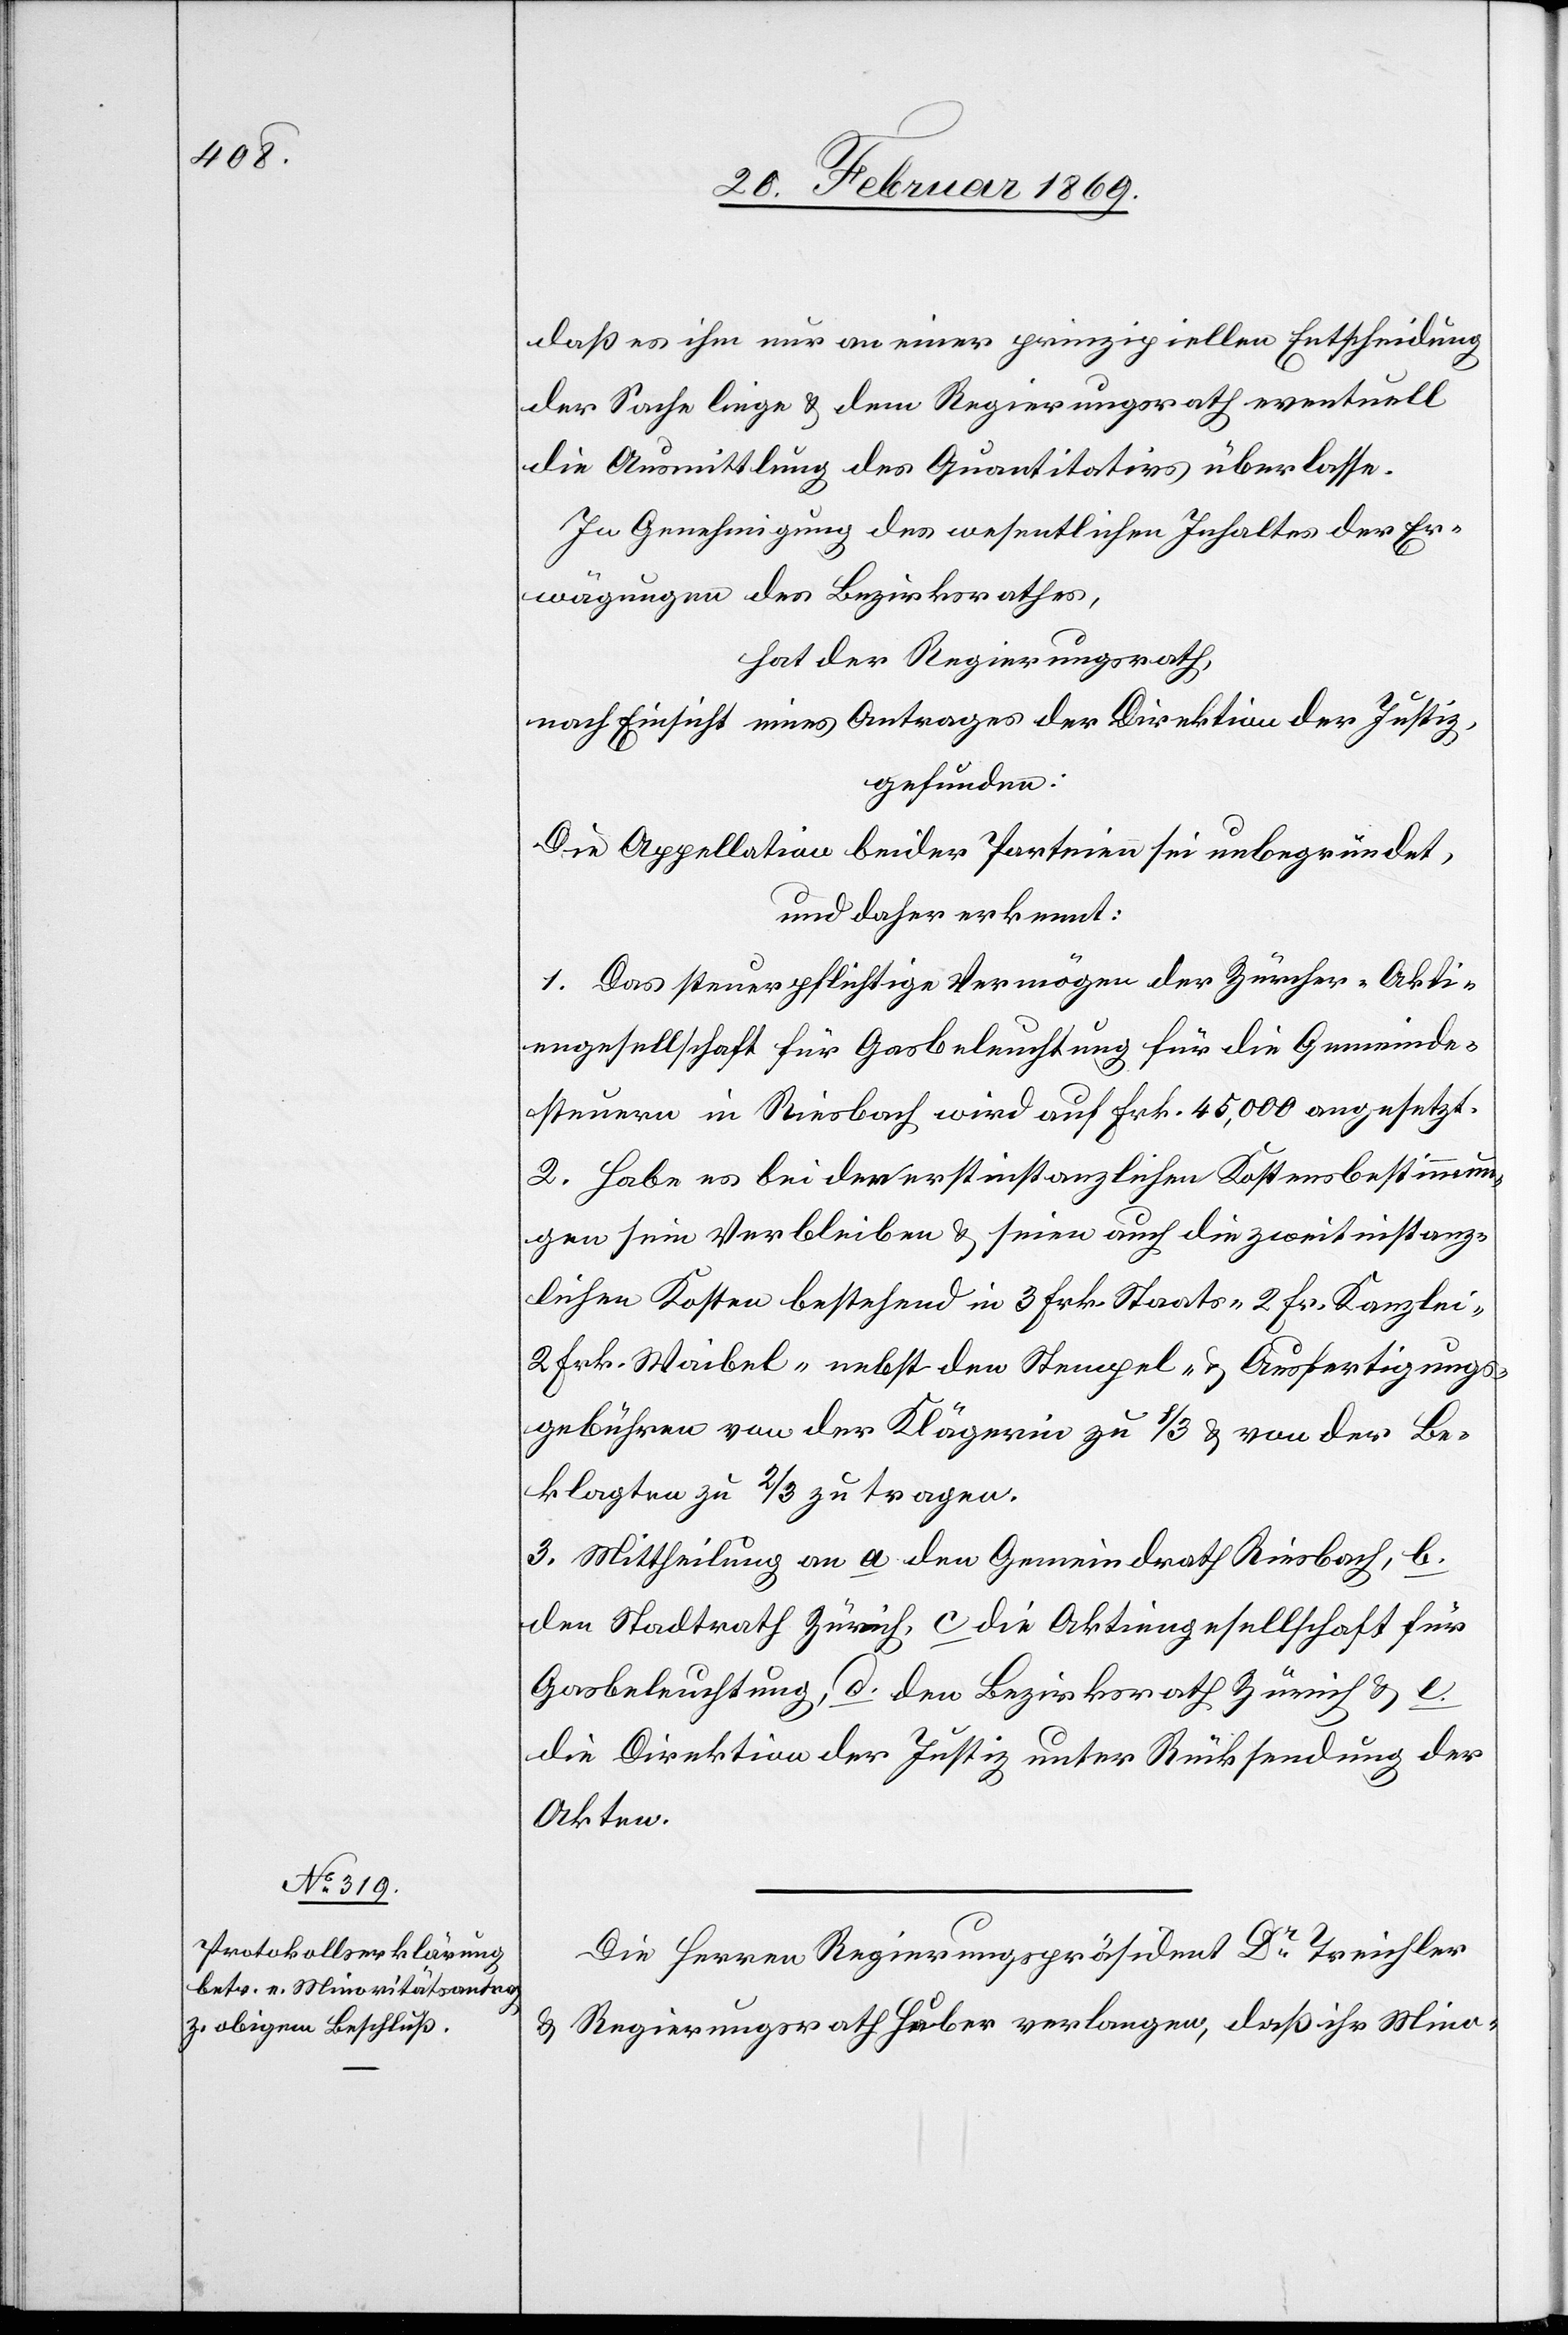
daß es ihm nur an einer prinzipiellen Entscheidung
der Sache liege & dem Regierungsrath eventuell
die Ausmittlung des Quantitativs überlasse.
In Genehmigung des wesentlichen Inhaltes der Er¬
wägungen des Bezirksrathes,
hat der Regierungsrath,
nach Einsicht eines Antrages der Direktion der Justiz,
gefunden:
Die Appellation beider Parteien sei unbegründet,
und daher erkennt:
1. Das steuerpflichtige Vermögen der Zürcher-Akti¬
engesellschaft für Gasbeleuchtung für die Gemeinde¬
steuern in Riesbach wird auf Frk. 45,000 angesetzt.
2. Habe es bei den erstinstanzlichen Kostenbestimmun¬
gen sein Verbleiben & seien auch die zweitinstanz¬
lichen Kosten bestehend in 3 Frk. Staats- 2 Fr. Kanzlei-
2 Frk. Waibel- nebst den Stempel- & Ausfertigungs¬
gebühren von der Klägerin zu 1/3 von der Be¬
klagten zu 2/3 zu tragen.
3. Mittheilung an a. den Gemeindrath Riesbach, b.
den Stadtrath Zürich, c. die Aktiengesellschaft für
Gasbeleuchtung, d. den Bezirksrath Zürich u. e.
die Direktion der Justiz unter Rücksendung der
Akten.
Die Herren Regierungspräsident Dr Treichler
u. Regierungsrath Huber verlangen, daß ihr Mino-